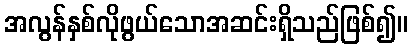
အလွန်နှစ်လိုဖွယ်သောအဆင်းရှိသည်ဖြစ်၍။